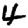
Digit: 4